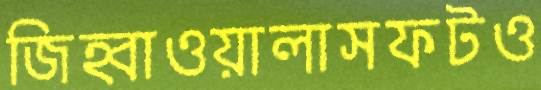
জিহ্বাওয়ালাসফটও